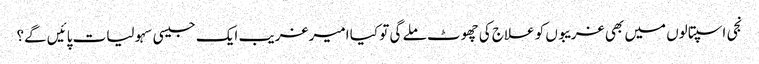
نجی اسپتالوں میں بھی غریبوں کو علاج کی چھوٹ ملے گی تو کیا امیر غریب ایک جیسی سہولیات پائیں گے؟